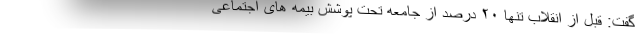
گفت: قبل از انقلاب تنها ۲۰ درصد از جامعه تحت پوشش بیمه های اجتماعی